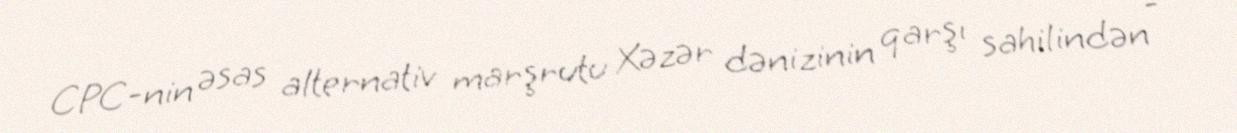
CPC-nin əsas alternativ marşrutu Xəzər dənizinin qarşı sahilindən -